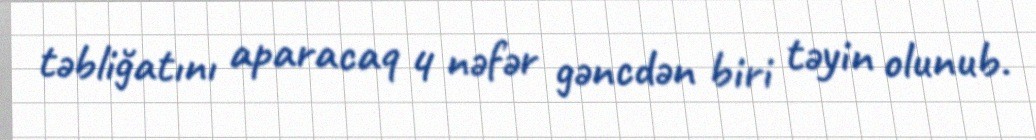
təbliğatını aparacaq 4 nəfər gəncdən biri təyin olunub.